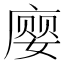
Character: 𫷾